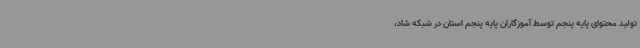
تولید محتوای پایه پنجم توسط آموزگاران پایه پنجم استان در شبکه شاد،